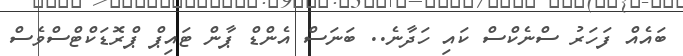
ބައެއް ފަހަރު ސްނެކްސް ކައި ހަދާނެ.. ބަނަސް އެންޑް ޕާން ޓައިޕް ޕްރޮޑަކްޓްސްވެސް